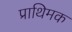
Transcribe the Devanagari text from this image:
प्राथिमक